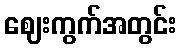
ဈေးကွက်အတွင်း